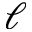
\ell